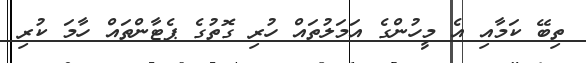
ތިބޭ ކަމާއި އެ މީހުންގެ އަމަލުތައް ހުރި ގޮތުގެ ޕެޓާންތައް ހާމަ ކުރި